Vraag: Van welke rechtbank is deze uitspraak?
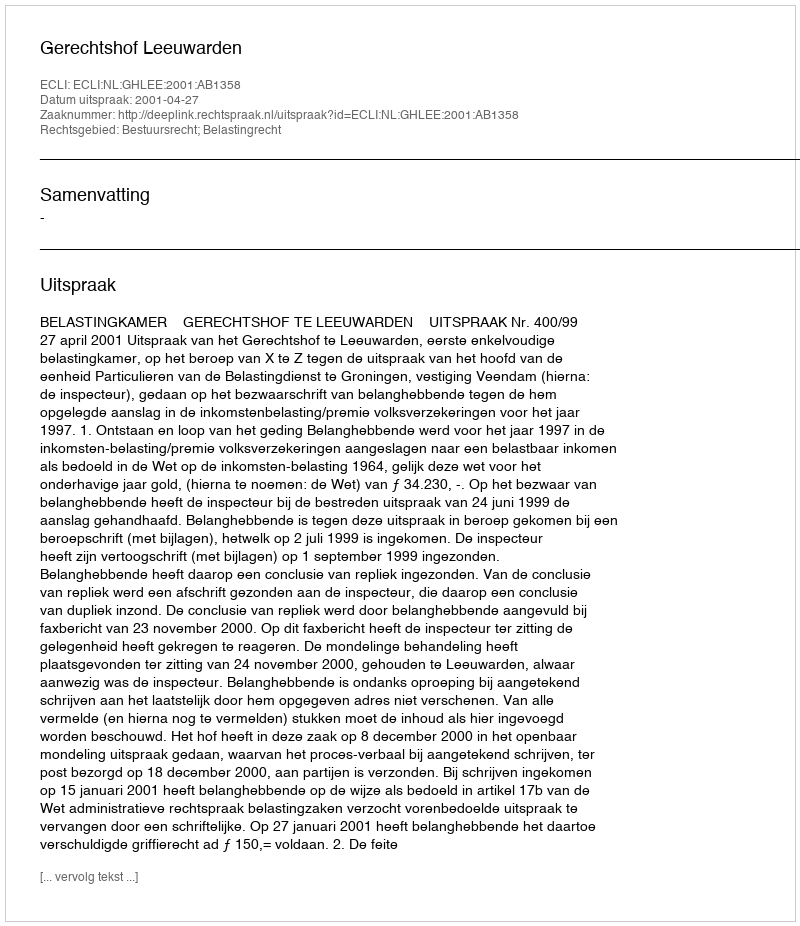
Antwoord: Gerechtshof Leeuwarden